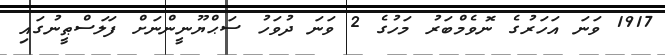
1917 ވަނަ އަހަރުގެ ނޮވެމްބަރު މަހުގެ 2 ވަނަ ދުވަހު ސަޙްޔޫނީންނަށް ފަލަސްޠީނުގައި